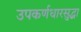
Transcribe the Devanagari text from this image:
उपकर्णधारसुद्धा